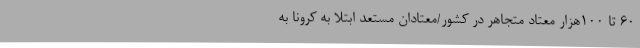
60 تا 100هزار معتاد متجاهر در کشور/معتادان مستعد ابتلا به کرونا به